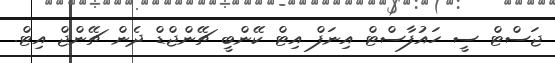
ޖަސްޓް ސީ ހައުފާސްޓް އިނަފް އިޓް ކޭންބީ ޗޭންޖްޑް ދެން ޗޭންޖް އިޓް.